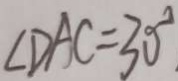
\angle D A C = 3 0 ^ { \circ }